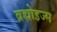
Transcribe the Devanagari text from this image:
ब्रह्मोइज्म